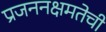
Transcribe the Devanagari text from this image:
प्रजननक्षमतेची